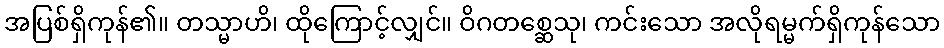
အပြစ်ရှိကုန်၏။ တသ္မာဟိ၊ ထိုကြောင့်လျှင်။ ဝိဂတစ္ဆေသု၊ ကင်းသော အလိုရမ္မက်ရှိကုန်သော